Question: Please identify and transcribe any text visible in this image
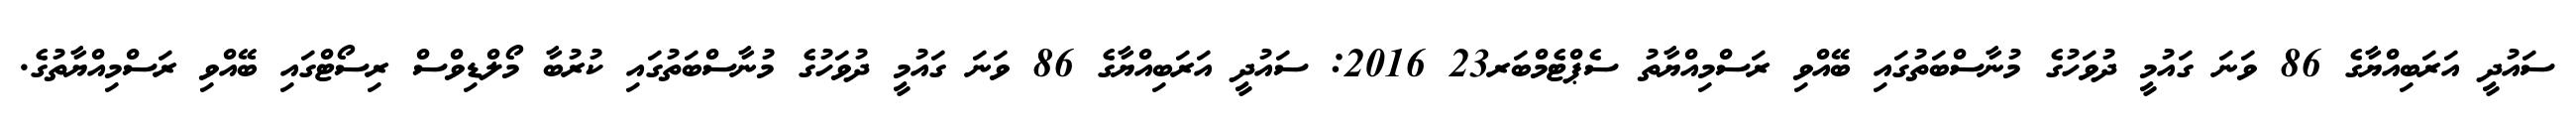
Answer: ސައުދީ އަރަބިއްޔާގެ 86 ވަނަ ގައުމީ ދުވަހުގެ މުނާސްބަތުގައި ބޭއްވި ރަސްމިއްޔާތު ސެޕްޓެމްބަރ23 2016: ސައުދީ އަރަބިއްޔާގެ 86 ވަނަ ގައުމީ ދުވަހުގެ މުނާސްބަތުގައި ކުރުބާ މޯލްޑިވްސް ރިސޯޓްގައި ބޭއްވި ރަސްމިއްޔާތުގެ.